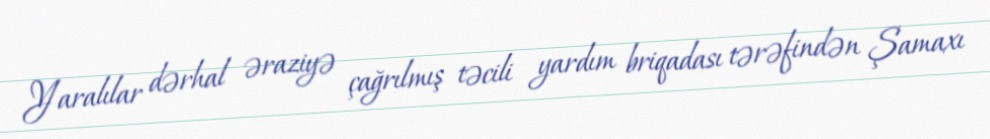
Yaralılar dərhal əraziyə çağrılmış təcili yardım briqadası tərəfindən Şamaxı